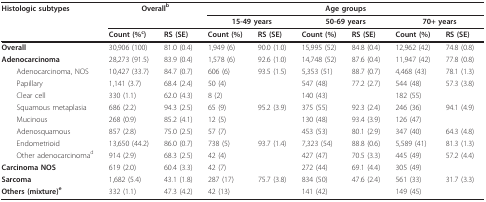
<table><thead><tr><td><b>Histologic subtypes</b></td><td colspan="2"><b>Overall<sup>b</sup></b></td><td colspan="6"><b>Age groups</b></td></tr><tr><td></td><td></td><td></td><td colspan="2"><b>15-49 years</b></td><td colspan="2"><b>50-69 years</b></td><td colspan="2"><b>70+ years</b></td></tr><tr><td></td><td><b>Count (%<sup>c</sup>)</b></td><td><b>RS (SE)</b></td><td><b>Count (%)</b></td><td><b>RS (SE)</b></td><td><b>Count (%)</b></td><td><b>RS (SE)</b></td><td><b>Count (%)</b></td><td><b>RS (SE)</b></td></tr></thead><tbody><tr><td><b>Overall</b></td><td>30,906 (100)</td><td>81.0 (0.4)</td><td>1,949 (6)</td><td>90.0 (1.0)</td><td>15,995 (52)</td><td>84.8 (0.4)</td><td>12,962 (42)</td><td>74.8 (0.8)</td></tr><tr><td><b>Adenocarcinoma</b></td><td>28,273 (91.5)</td><td>83.9 (0.4)</td><td>1,578 (6)</td><td>92.6 (1.0)</td><td>14,748 (52)</td><td>87.6 (0.4)</td><td>11,947 (42)</td><td>77.8 (0.8)</td></tr><tr><td> Adenocarcinoma, NOS</td><td>10,427 (33.7)</td><td>84.7 (0.7)</td><td>606 (6)</td><td>93.5 (1.5)</td><td>5,353 (51)</td><td>88.7 (0.7)</td><td>4,468 (43)</td><td>78.1 (1.3)</td></tr><tr><td> Papillary</td><td>1,141 (3.7)</td><td>68.4 (2.4)</td><td>50 (4)</td><td></td><td>547 (48)</td><td>77.2 (2.7)</td><td>544 (48)</td><td>57.3 (3.8)</td></tr><tr><td> Clear cell</td><td>330 (1.1)</td><td>62.0 (4.3)</td><td>8 (2)</td><td></td><td>140 (43)</td><td></td><td>182 (55)</td><td></td></tr><tr><td> Squamous metaplasia</td><td>686 (2.2)</td><td>94.3 (2.5)</td><td>65 (9)</td><td>95.2 (3.9)</td><td>375 (55)</td><td>92.3 (2.4)</td><td>246 (36)</td><td>94.1 (4.9)</td></tr><tr><td> Mucinous</td><td>268 (0.9)</td><td>85.2 (4.1)</td><td>12 (5)</td><td></td><td>130 (48)</td><td>93.4 (3.9)</td><td>126 (47)</td><td></td></tr><tr><td> Adenosquamous</td><td>857 (2.8)</td><td>75.0 (2.5)</td><td>57 (7)</td><td></td><td>453 (53)</td><td>80.1 (2.9)</td><td>347 (40)</td><td>64.3 (4.8)</td></tr><tr><td> Endometrioid</td><td>13,650 (44.2)</td><td>86.0 (0.7)</td><td>738 (5)</td><td>93.7 (1.4)</td><td>7,323 (54)</td><td>88.8 (0.6)</td><td>5,589 (41)</td><td>81.3 (1.3)</td></tr><tr><td> Other adenocarcinoma<sup>d</sup></td><td>914 (2.9)</td><td>68.3 (2.5)</td><td>42 (4)</td><td></td><td>427 (47)</td><td>70.5 (3.3)</td><td>445 (49)</td><td>57.2 (4.4)</td></tr><tr><td><b>Carcinoma NOS</b></td><td>619 (2.0)</td><td>60.4 (3.3)</td><td>42 (7)</td><td></td><td>272 (44)</td><td>69.1 (4.4)</td><td>305 (49)</td><td></td></tr><tr><td><b>Sarcoma</b></td><td>1,682 (5.4)</td><td>43.1 (1.8)</td><td>287 (17)</td><td>75.7 (3.8)</td><td>834 (50)</td><td>47.6 (2.4)</td><td>561 (33)</td><td>31.7 (3.3)</td></tr><tr><td><b>Others (mixture)<sup>e</sup></b></td><td>332 (1.1)</td><td>47.3 (4.2)</td><td>42 (13)</td><td></td><td>141 (42)</td><td></td><td>149 (45)</td><td></td></tr></tbody></table>